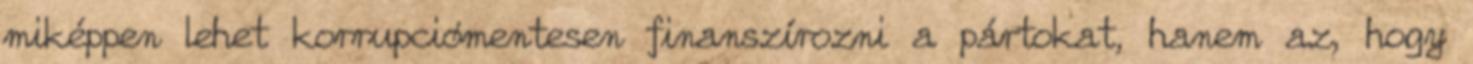
miképpen lehet korrupciómentesen finanszírozni a pártokat, hanem az, hogy